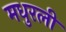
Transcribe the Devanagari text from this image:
मधुरली